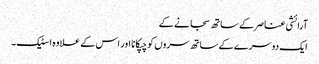
آرائشی عناصر کے ساتھ سجانے کے
ایک دوسرے کے ساتھ سروں کو چپکانا اور اس کے علاوہ اسٹیک۔